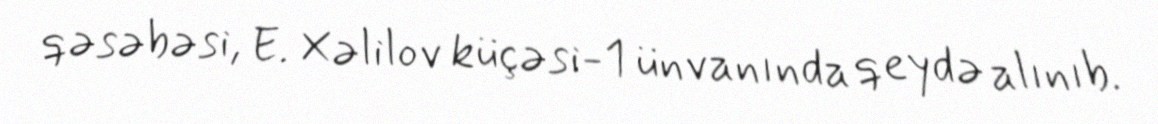
qəsəbəsi, E. Xəlilov küçəsi-1 ünvanında qeydə alınıb.